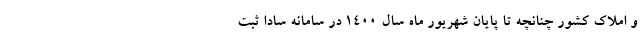
و املاک کشور چنانچه تا پایان شهریور ماه سال 1400 در سامانه سادا ثبت